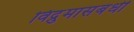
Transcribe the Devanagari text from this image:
विद्रुमासंबंधी